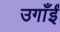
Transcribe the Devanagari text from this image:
उगाँईं